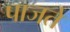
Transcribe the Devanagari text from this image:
पाजते